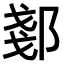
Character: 𫑠